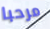
مرحبا